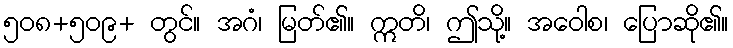
၅၀၈+၅၀၉+ တွင်။ အဂံ၊ မြတ်၏။ ဣတိ၊ ဤသို့။ အဝေါစ၊ ပြောဆို၏။